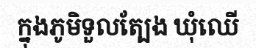
ក្នុងភូមិទួលត្បែង ឃុំឈើ